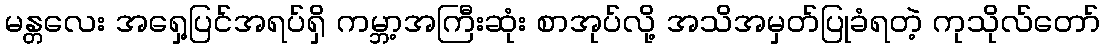
မန္တလေး အရှေ့ပြင်အရပ်ရှိ ကမ္ဘာ့အကြီးဆုံး စာအုပ်လို့ အသိအမှတ်ပြုခံရတဲ့ ကုသိုလ်တော်